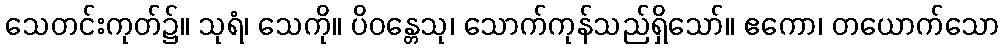
သေတင်းကုတ်၌။ သုရံ၊ သေကို။ ပိဝန္တေသု၊ သောက်ကုန်သည်ရှိသော်။ ဧကော၊ တယောက်သော